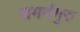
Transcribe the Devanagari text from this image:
समर्थगुरु